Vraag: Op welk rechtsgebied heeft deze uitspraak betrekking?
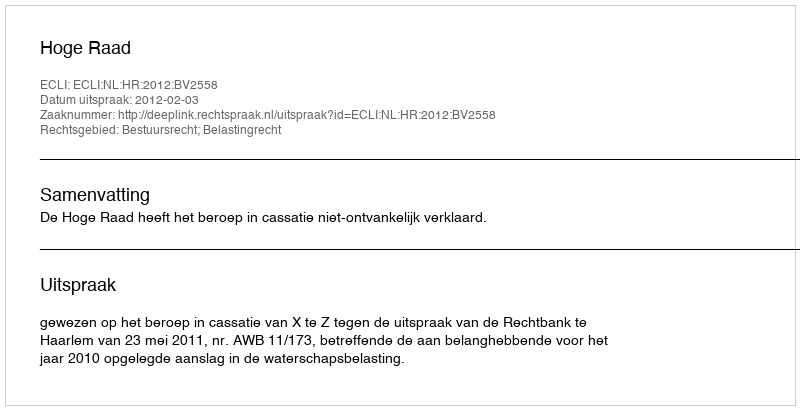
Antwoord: Bestuursrecht; Belastingrecht